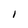
Character: l